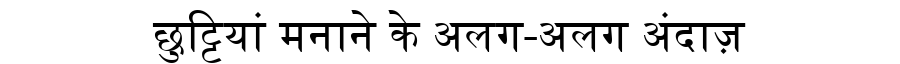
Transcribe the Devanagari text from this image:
छुट्टियां मनाने के अलग-अलग अंदाज़